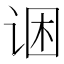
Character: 𲂋